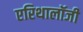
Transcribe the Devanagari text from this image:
एरिथालॉजी